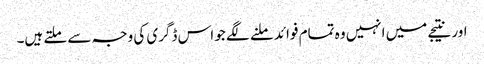
اور نتیجے میں انہیں وہ تمام فوائد ملنے لگے جو اس ڈگری کی وجہ سے ملتے ہیں۔